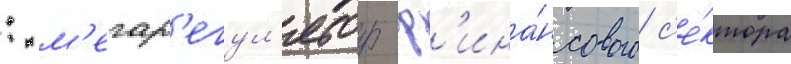
: м'егар'егул'ятор ф'ина́нсового с'е́ктора